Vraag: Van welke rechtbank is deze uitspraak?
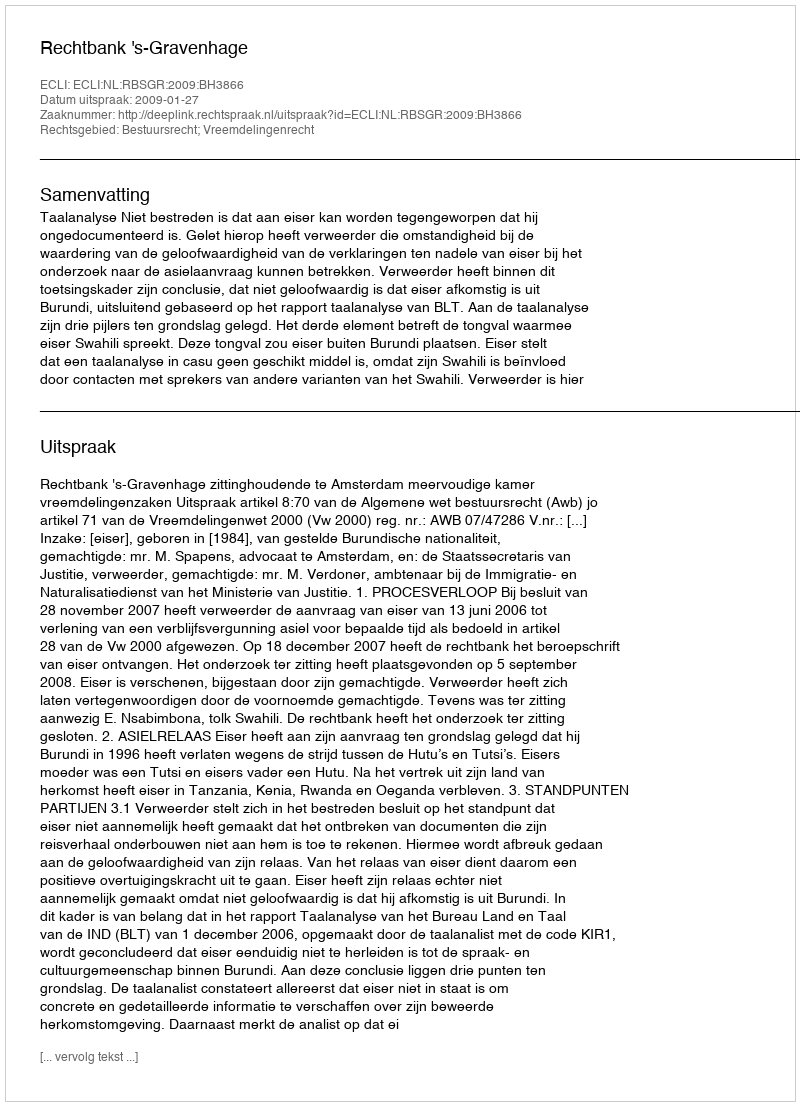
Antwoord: Rechtbank 's-Gravenhage